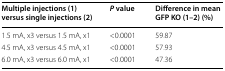
<table><thead><tr><td><b>Multiple injections (1) versus single injections (2)</b></td><td><b><i>P</i> value</b></td><td><b>Difference in mean GFP KO (1–2) (%)</b></td></tr></thead><tbody><tr><td>1.5 mA, x3 versus 1.5 mA, x1</td><td>&lt;0.0001</td><td>59.87</td></tr><tr><td>4.5 mA, x3 versus 4.5 mA, x1</td><td>&lt;0.0001</td><td>57.93</td></tr><tr><td>6.0 mA, x3 versus 6.0 mA, x1</td><td>&lt;0.0001</td><td>47.36</td></tr></tbody></table>